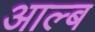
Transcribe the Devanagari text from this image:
आल्ब